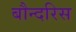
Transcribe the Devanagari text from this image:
बौन्दरिस